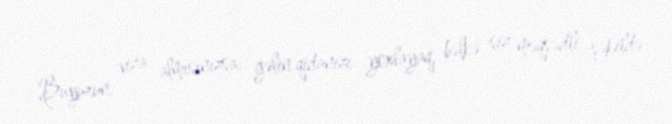
Buyurun, viza almısınızsa, gəlin qidanızı yoxlayaq, bəlkə siz məqsədli şəkildə